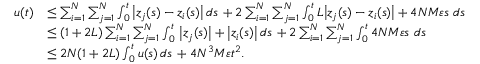
\begin{array} { r l } { u ( t ) } & { \leq \sum _ { i = 1 } ^ { N } \sum _ { j = 1 } ^ { N } \int _ { 0 } ^ { t } \big | z _ { j } ( s ) - z _ { i } ( s ) \big | \, d s \, + 2 \sum _ { i = 1 } ^ { N } \sum _ { j = 1 } ^ { N } \int _ { 0 } ^ { t } L \big | z _ { j } ( s ) - z _ { i } ( s ) \big | + 4 N M \varepsilon s \, \, d s \, } \\ & { \leq ( 1 + 2 L ) \sum _ { i = 1 } ^ { N } \sum _ { j = 1 } ^ { N } \int _ { 0 } ^ { t } \, \big | z _ { j } ( s ) \big | + \big | z _ { i } ( s ) \big | \, d s \, + 2 \sum _ { i = 1 } ^ { N } \sum _ { j = 1 } ^ { N } \int _ { 0 } ^ { t } 4 N M \varepsilon s \, \, d s \, } \\ & { \leq 2 N ( 1 + 2 L ) \int _ { 0 } ^ { t } u ( s ) \, d s \, + 4 N ^ { 3 } M \varepsilon t ^ { 2 } . } \end{array}